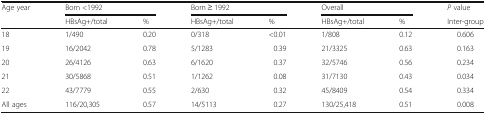
<table><thead><tr><td rowspan="2"><b>Age year</b></td><td colspan="2"><b>Born &lt;1992</b></td><td colspan="2"><b>Born ≥ 1992</b></td><td colspan="2"><b>Overall</b></td><td><b><i>P</i> value</b></td></tr><tr><td><b>HBsAg+/total</b></td><td><b>%</b></td><td><b>HBsAg+/total</b></td><td><b>%</b></td><td><b>HBsAg+/total</b></td><td><b>%</b></td><td><b>Inter-group</b></td></tr></thead><tbody><tr><td>18</td><td>1/490</td><td>0.20</td><td>0/318</td><td>&lt;0.01</td><td>1/808</td><td>0.12</td><td>0.606</td></tr><tr><td>19</td><td>16/2042</td><td>0.78</td><td>5/1283</td><td>0.39</td><td>21/3325</td><td>0.63</td><td>0.163</td></tr><tr><td>20</td><td>26/4126</td><td>0.63</td><td>6/1620</td><td>0.37</td><td>32/5746</td><td>0.56</td><td>0.234</td></tr><tr><td>21</td><td>30/5868</td><td>0.51</td><td>1/1262</td><td>0.08</td><td>31/7130</td><td>0.43</td><td>0.034</td></tr><tr><td>22</td><td>43/7779</td><td>0.55</td><td>2/630</td><td>0.32</td><td>45/8409</td><td>0.54</td><td>0.334</td></tr><tr><td>All ages</td><td>116/20,305</td><td>0.57</td><td>14/5113</td><td>0.27</td><td>130/25,418</td><td>0.51</td><td>0.008</td></tr></tbody></table>